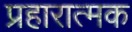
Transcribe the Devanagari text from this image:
प्रहारात्मक